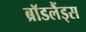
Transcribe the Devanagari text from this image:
ब्रॉडलैंड्स